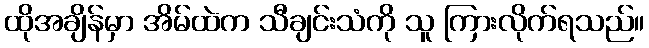
ထိုအချိန်မှာ အိမ်ထဲက သီချင်းသံကို သူ ကြားလိုက်ရသည်။